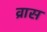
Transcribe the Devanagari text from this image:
व्रास